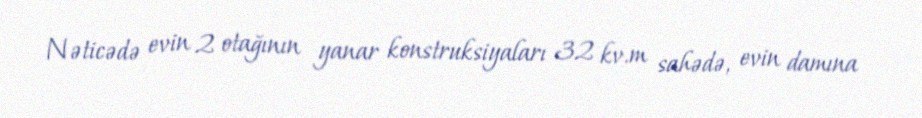
Nəticədə evin 2 otağının yanar konstruksiyaları 32 kv.m sahədə, evin damına